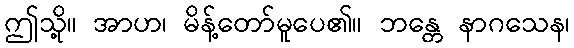
ဤသို့။ အာဟ၊ မိန့်တော်မူပေ၏။ ဘန္တေ နာဂသေန၊